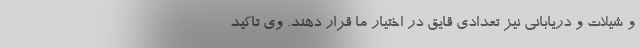
و شیلات و دریابانی نیز تعدادی قایق در اختیار ما قرار دهند. وی تاکید